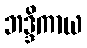
ဘဒ္ဒိကာယ